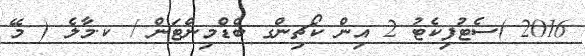
2016 )ސެޓުފިކެޓު 2 އިން ކޯޗިންގ ބެޑްމިންޓަން / ކ.މާލެ ( މޭ